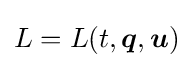
L=L(t,{\boldsymbol {q}},{\boldsymbol {u}})